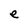
Character: e